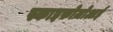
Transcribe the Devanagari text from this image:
स्काइफ़ोज़ोआई